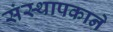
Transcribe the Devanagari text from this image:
संस्थापकाने